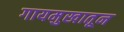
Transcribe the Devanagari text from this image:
गायमुखातून